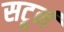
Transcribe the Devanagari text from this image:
सटूर्न